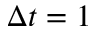
\Delta t = 1